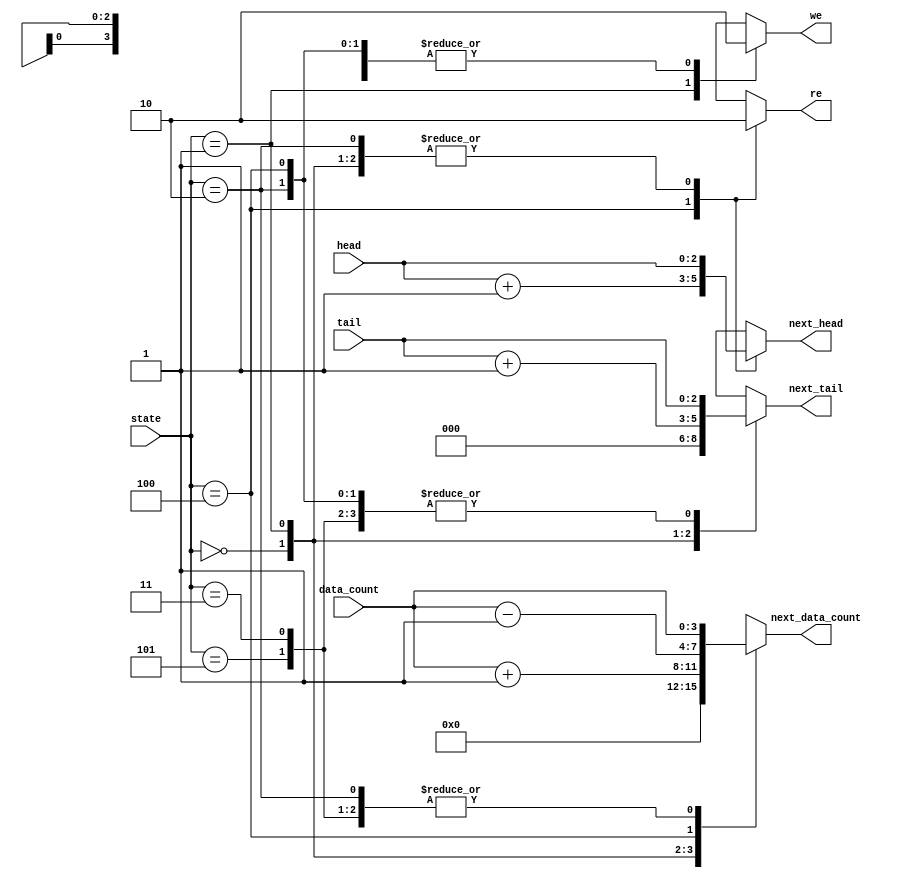
module fifo_cal(we, re, next_head, next_tail, next_data_count, state, head, tail, data_count);  // calculate address module
input [2:0] state, head, tail;  // current state, head pointer, tail pointer
input [3:0] data_count;  // the number of data in FIFO
output we, re;  // write/read enable
output [2:0] next_head, next_tail;  // next head/tail pointer
output [3:0] next_data_count;  // the next number of data in FIFO

// state binary encoding
parameter INIT = 3'b000;
parameter WRITE = 3'b001;
parameter WR_ERR = 3'b010;
parameter NO_OP = 3'b011;
parameter READ = 3'b100;
parameter RD_ERR = 3'b101;

reg we, re;
reg [2:0] next_head, next_tail;
reg [3:0] next_data_count;

always @ (state, head, tail, data_count)
begin
    case(state)
    (INIT):  // initialization
    begin
        we <= 1'b0;
        re <= 1'b0;
        next_head <= head;
        next_tail <= 3'b000; 
        next_data_count <= 4'b0000;
    end
    (WRITE):
    begin
        we <= 1'b1;  // write enable
        re <= 1'b0;
        next_head <= head;
        next_tail <= tail + 3'b001;  // tail + 1
        next_data_count <= data_count + 4'b0001;  // data_count + 1
    end
    (WR_ERR):
    begin
        we <= 1'b0;
        re <= 1'b0;
        next_head <= head;
        next_tail <= tail;
        next_data_count <= data_count;
    end
    (READ):
    begin
        we <= 1'b0;
        re <= 1'b1;  // read enable
        next_head <= head + 3'b001;  // head + 1
        next_tail <= tail;
        next_data_count <= data_count - 4'b0001;  // data_count - 1
    end
    (RD_ERR):
    begin
        we <= 1'b0;
        re <= 1'b0;
        next_head <= head;
        next_tail <= tail;
        next_data_count <= data_count;
    end
    (NO_OP): 
    begin
        we <= 1'b0;
        re <= 1'b0;
        next_head <= head;
        next_tail <= tail;
        next_data_count <= data_count;
    end
    default:
    begin
        we <= 1'bx;
        re <= 1'bx;
        next_head <= 3'bx;
        next_tail <= 3'bx;
        next_data_count <= 4'bx;
    end
    endcase
end

endmodule